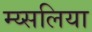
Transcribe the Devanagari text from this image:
म्य्सलिया